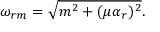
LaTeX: \omega _ { r m } = \sqrt { m ^ { 2 } + ( \mu \alpha _ { r } ) ^ { 2 } } .